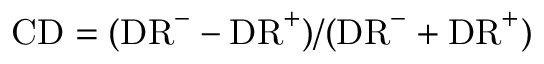
\mathrm { C D } = ( \mathrm { D R } ^ { - } - \mathrm { D R } ^ { + } ) / ( \mathrm { D R } ^ { - } + \mathrm { D R } ^ { + } )